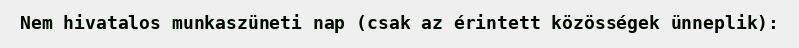
Nem hivatalos munkaszüneti nap (csak az érintett közösségek ünneplik):